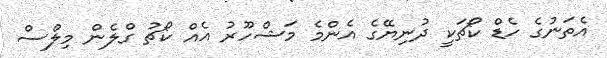
އެތަނުގެ ހެޑް ކޯޗަކީ ދުނިޔޭގެ އެންމެ މަޝްހޫރު އެއް ކޯޗު ގްލެން މިލްސް